Civil Veterinary Department. Madras. Admin. report 1926-33 - 1926-1933
Year: 1926
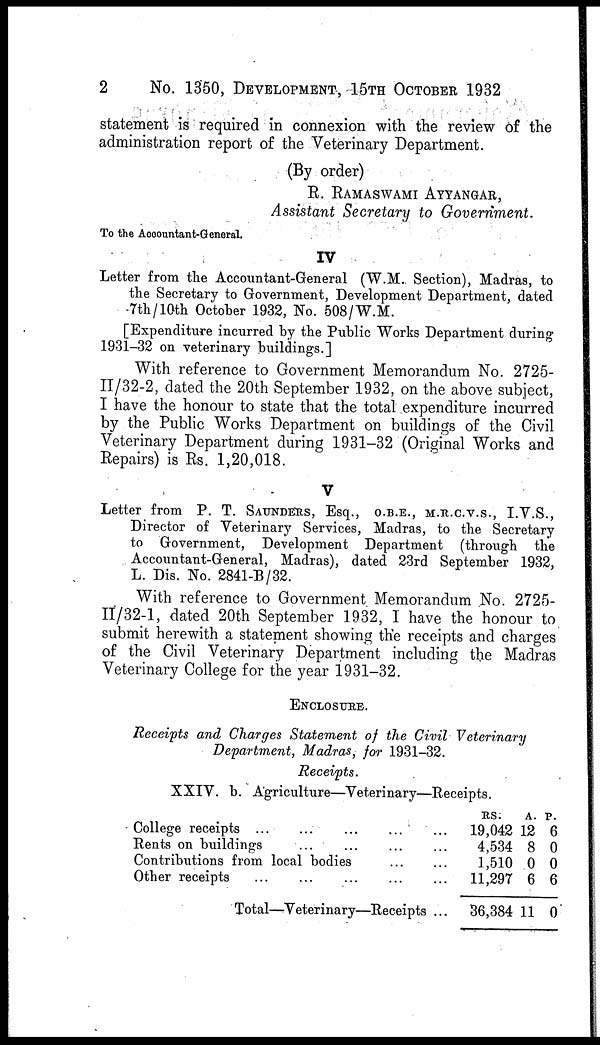
2
No. 1350, DEVELOPMENT, 15TH OCTOBER 1932
statement is required in connexion with the review of the
administration report of the Veterinary Department.
(By order)
R. RAMASWAMI AYYANGAR,
Assistant Secretary to Government.
To the Accountant-General.
IV
Letter from the Accountant-General (W.M. Section), Madras, to
the Secretary to Government, Development Department, dated
7th/10th October 1932, No. 508/W.M.
[Expenditure incurred by the Public Works Department during
1931-32 on veterinary buildings.]
With reference to Government Memorandum No. 2725-
II/32-2, dated the 20th September 1932, on the above subject,
I have the honour to state that the total expenditure incurred
by the Public Works Department on buildings of the Civil
Veterinary Department during 1931-32 (Original Works and
Repairs) is Rs. 1,20,018.
V
Letter from P. T. SAUNDERS, Esq., O.B.E., M.R.C.V.S., I.V.S.,
Director of Veterinary Services, Madras, to the Secretary
to Government, Development Department (through the
Accountant-General, Madras), dated 23rd September 1932,
L. Dis. No. 2841-B/32.
With reference to Government Memorandum No. 2725-
II/32-1, dated 20th September 1932, I have the honour to
submit herewith a statement showing the receipts and charges
of the Civil Veterinary Department including the Madras
Veterinary College for the year 1931-32.
ENCLOSURE.
Receipts and Charges Statement of the Civil Veterinary
Department, Madras, for 1931-32.
Receipts.
XXIV. b. Agriculture—Veterinary—Receipts.
College receipts ... ... ... ... ... ...
Rents on buildings ... ... ... ...
Contributions from local bodies
...
...
Other receipts
...
...
...
...
...
Total—Veterinary—Receipts ...
RS.
19,042
4,534
1,510
11,297
36,384
A.
12
8
0
6
11
P.
6
0
0
6
0